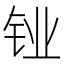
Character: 𬬼